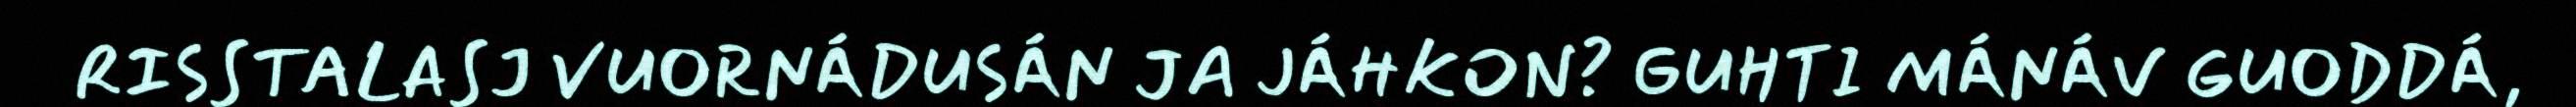
RISSTALASJ VUORNÁDUSÁN JA JÁHKON? GUHTI MÁNÁV GUODDÁ,